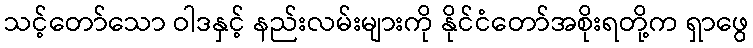
သင့်တော်သော ဝါဒနှင့် နည်းလမ်းများကို နိုင်ငံတော်အစိုးရတို့က ရှာဖွေ